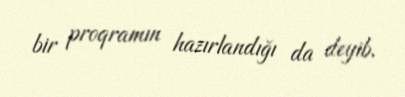
bir proqramın hazırlandığı da deyib.